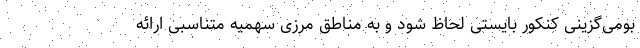
بومی‌گزینی کنکور بایستی لحاظ شود و به مناطق مرزی سهمیه متناسبی ارائه